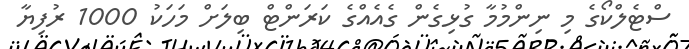
ސްޓެލްކޯގެ މި ނިންމުމާ ގުޅިގެން ގެއެއްގެ ކަރަންޓް ބިލަށް މަހަކު 1000 ރުފިޔާ